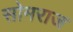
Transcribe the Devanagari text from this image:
सोमराज